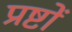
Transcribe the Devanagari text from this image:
प्रष्टों